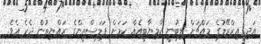
އަދި އިޒްރޭލުގެ މައްޗަށް ލިބުނީ ކާމިޔާބީއެއް ކަމަށް ފަލަސްތީންގެ ރައްޔިތުން ދެކެ އެވެ.